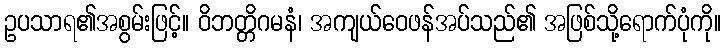
ဥပသာရ၏အစွမ်းဖြင့်။ ဝိဘတ္တိဂမနံ၊ အကျယ်ဝေဖန်အပ်သည်၏ အဖြစ်သို့ရောက်ပုံကို။